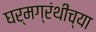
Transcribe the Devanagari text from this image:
घर्मग्रंथींच्या